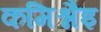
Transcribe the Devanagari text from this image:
कमिश्नैइ